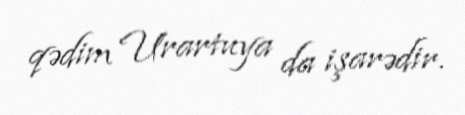
qədim Urartuya da işarədir.